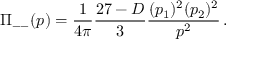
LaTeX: \displaystyle { \Pi _ { -- } ( p ) } = \displaystyle { \frac { 1 } { 4 \pi } \frac { 2 7 - D } { 3 } \frac { ( p _ { 1 } ) ^ { 2 } ( p _ { 2 } ) ^ { 2 } } { p ^ { 2 } } \, . }